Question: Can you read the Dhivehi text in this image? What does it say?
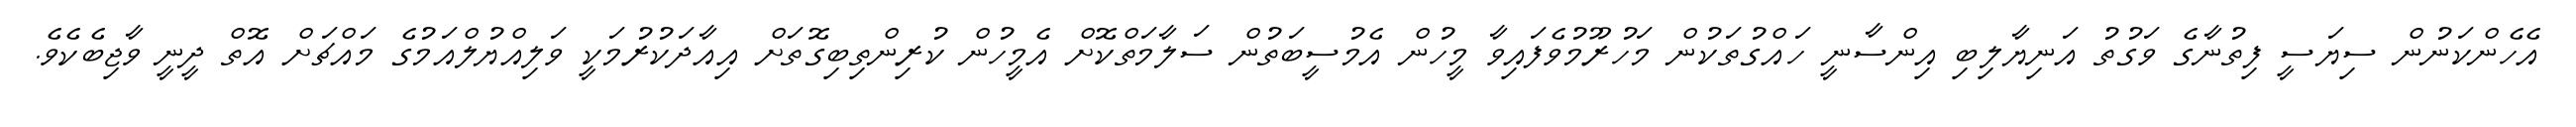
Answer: އެހެންކަނުން ސިޔަސީ ފިތުނާގެ ވަގުތު އަނިޔާލިބި އިންސާނީ ހައްގުތަކުން މަހުރޫމުވެފައިވާ މީހުން އެމުސީބަތުން ސަލާމަތްކޮށް އެމީހުން ކުރިންތިބިގޮތަށް އިއާދަކުރުމަކީ ވަލިއްޔުލްއަމުގެ މައްޗަށް އޮތް ދީނީ ވާޖިބެކެވެ.